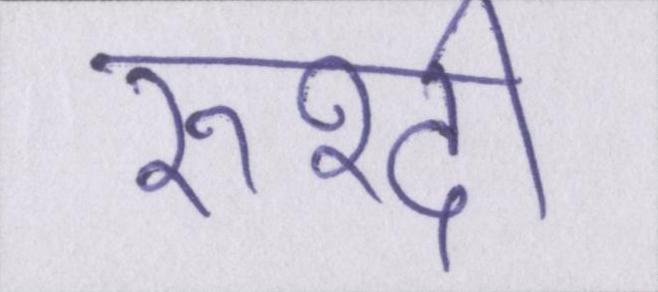
रुश्दी